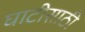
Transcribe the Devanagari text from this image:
घाटीसाठी